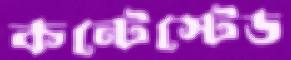
কন্টেস্টেড